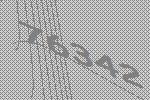
76342